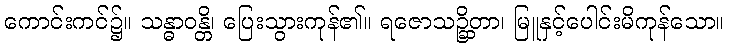
ကောင်းကင်၌။ သန္ဓာဝန္တိ၊ ပြေးသွားကုန်၏။ ရဇောသဉ္ဆိတာ၊ မြူနှင့်ပေါင်းမိကုန်သော။